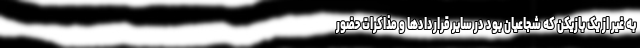
به غیر از یک بازیکن که شجاعیان بود در سایر قراردادها و مذاکرات حضور